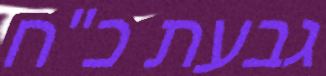
גבעת כ"ח